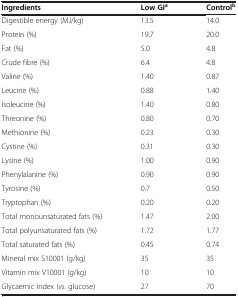
<table><thead><tr><td><b>Ingredients</b></td><td><b>Low GI<sup>a</sup></b></td><td><b>Control<sup>b</sup></b></td></tr></thead><tbody><tr><td>Digestible energy (MJ/kg)</td><td>13.5</td><td>14.0</td></tr><tr><td>Protein (%)</td><td>19.7</td><td>20.0</td></tr><tr><td>Fat (%)</td><td>5.0</td><td>4.8</td></tr><tr><td>Crude fibre (%)</td><td>6.4</td><td>4.8</td></tr><tr><td>Valine (%)</td><td>1.40</td><td>0.87</td></tr><tr><td>Leucine (%)</td><td>0.88</td><td>1.40</td></tr><tr><td>Isoleucine (%)</td><td>1.40</td><td>0.80</td></tr><tr><td>Threonine (%)</td><td>0.80</td><td>0.70</td></tr><tr><td>Methionine (%)</td><td>0.23</td><td>0.30</td></tr><tr><td>Cystine (%)</td><td>0.31</td><td>0.30</td></tr><tr><td>Lysine (%)</td><td>1.00</td><td>0.90</td></tr><tr><td>Phenylalanine (%)</td><td>0.90</td><td>0.90</td></tr><tr><td>Tyrosine (%)</td><td>0.7</td><td>0.50</td></tr><tr><td>Tryptophan (%)</td><td>0.20</td><td>0.20</td></tr><tr><td>Total monounsaturated fats (%)</td><td>1.47</td><td>2.00</td></tr><tr><td>Total polyunsaturated fats (%)</td><td>1.72</td><td>1.77</td></tr><tr><td>Total saturated fats (%)</td><td>0.45</td><td>0.74</td></tr><tr><td>Mineral mix S10001 (g/kg)</td><td>35</td><td>35</td></tr><tr><td>Vitamin mix V10001 (g/kg)</td><td>10</td><td>10</td></tr><tr><td>Glycaemic index (<i>vs.</i> glucose)</td><td>27</td><td>70</td></tr></tbody></table>